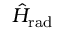
\hat { H } _ { \mathrm { r a d } }